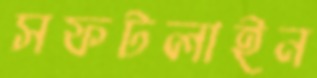
সফটলাইন